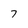
Character: 7